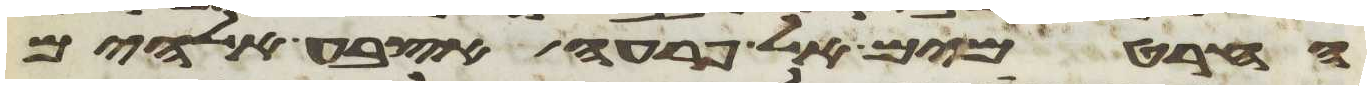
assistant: החרטמים אל פרעה אצבע אלהים